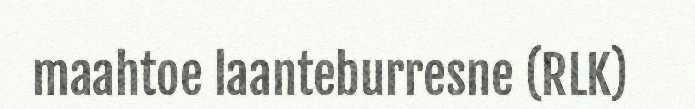
maahtoe laanteburresne (RLK)